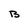
Character: B